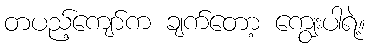
တပည့်ကျော်က ချက်တော့ ကျွေးပါရဲ့။